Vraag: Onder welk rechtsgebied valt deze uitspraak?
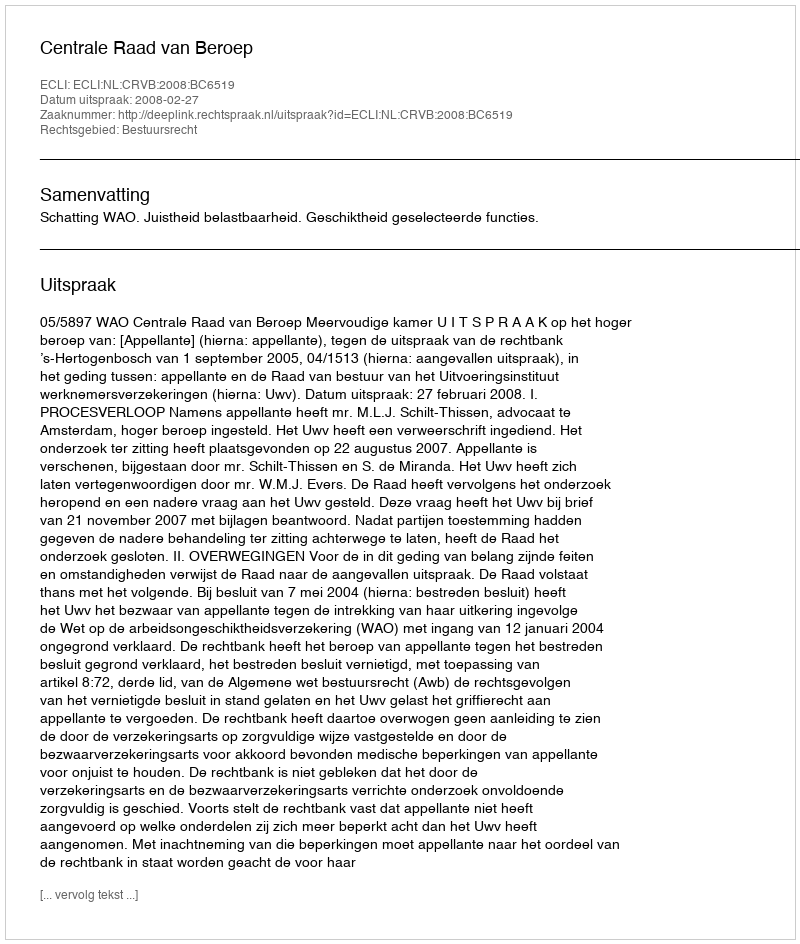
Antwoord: Bestuursrecht